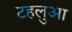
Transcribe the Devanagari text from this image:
टहलुआ